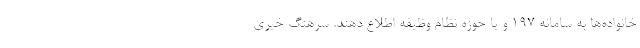
خانواده‌ها به سامانه ۱۹۷ و یا حوزه نظام وظیفه اطلاع دهند. سرهنگ خیری